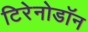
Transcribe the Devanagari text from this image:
टिरेनोडॉन